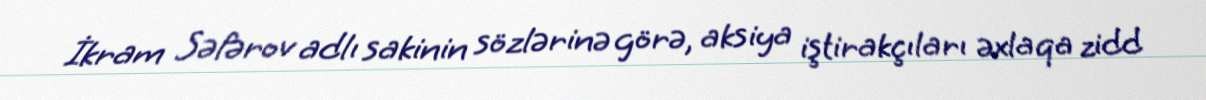
İkram Səfərov adlı sakinin sözlərinə görə, aksiya iştirakçıları əxlaqa zidd